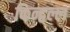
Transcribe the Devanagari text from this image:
किन्द्वल्ल